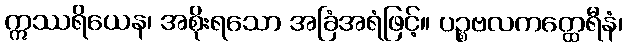
ဣဿရိယေန၊ အစိုးရသော အခြံအရံဖြင့်။ ပဉ္စဗလကတ္ထေရီနံ၊